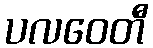
ပလဝေတီ